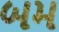
બમ